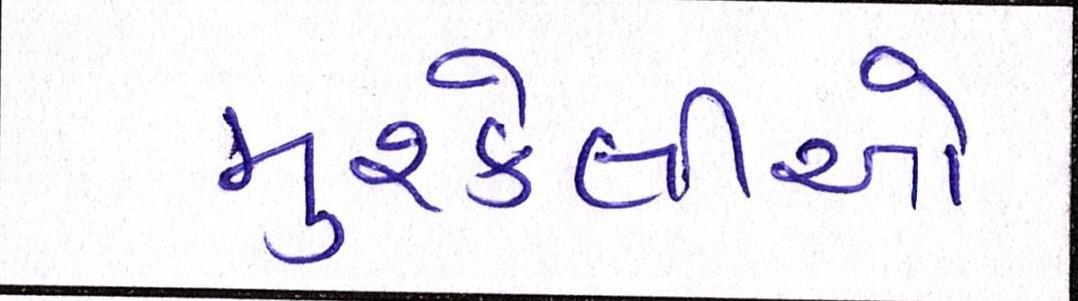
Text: મુશ્કેલીઓ